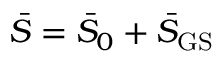
\bar { S } = \bar { S } _ { 0 } + \bar { S } _ { \mathrm { G S } }